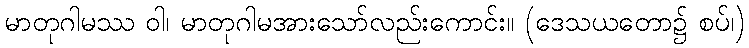
မာတုဂါမဿ ဝါ၊ မာတုဂါမအားသော်လည်းကောင်း။ (ဒေသယတော၌ စပ်၊)